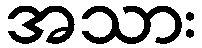
အသား